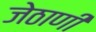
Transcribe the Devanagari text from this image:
जेठाणी